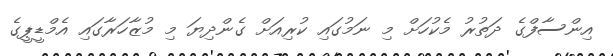
އިންސާފްގެ ދަތުރު މެކުހަށް މި ނަމުގައި ކުރިއަށް ގެންދިޔަ މި މުޒާހަރާގައި އެމްޑީޕީގެ